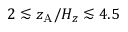
2 \lesssim z _ { \mathrm { A } } / H _ { z } \lesssim 4 . 5